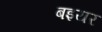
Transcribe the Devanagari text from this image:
बइयर